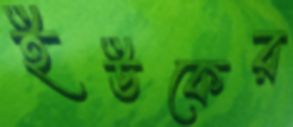
ইউকের